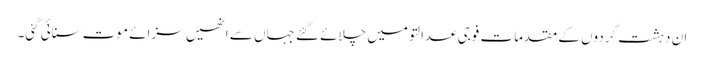
ان دہشت گردوں کے مقدمات فوجی عدالتو میں چلائے گئے جہاں سے انھیں سزائے موت سنائی گئی۔